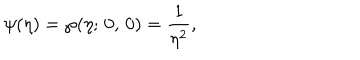
LaTeX: \psi ( \eta ) = \wp ( \eta ; \, 0 , \, 0 ) = { \frac { 1 } { \eta ^ { 2 } } } ,